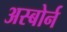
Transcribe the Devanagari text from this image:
अस्बोर्न